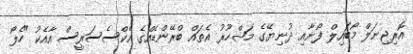
އޮރިޖިނަލް މޯބައިލް ފޯނާއި ދުނިޔޭގެ މަޝްހޫރު އެތައް ބްރޭންޑެއްގެ އެކްސެސަރީސް އާއެކު "ހެލޯ